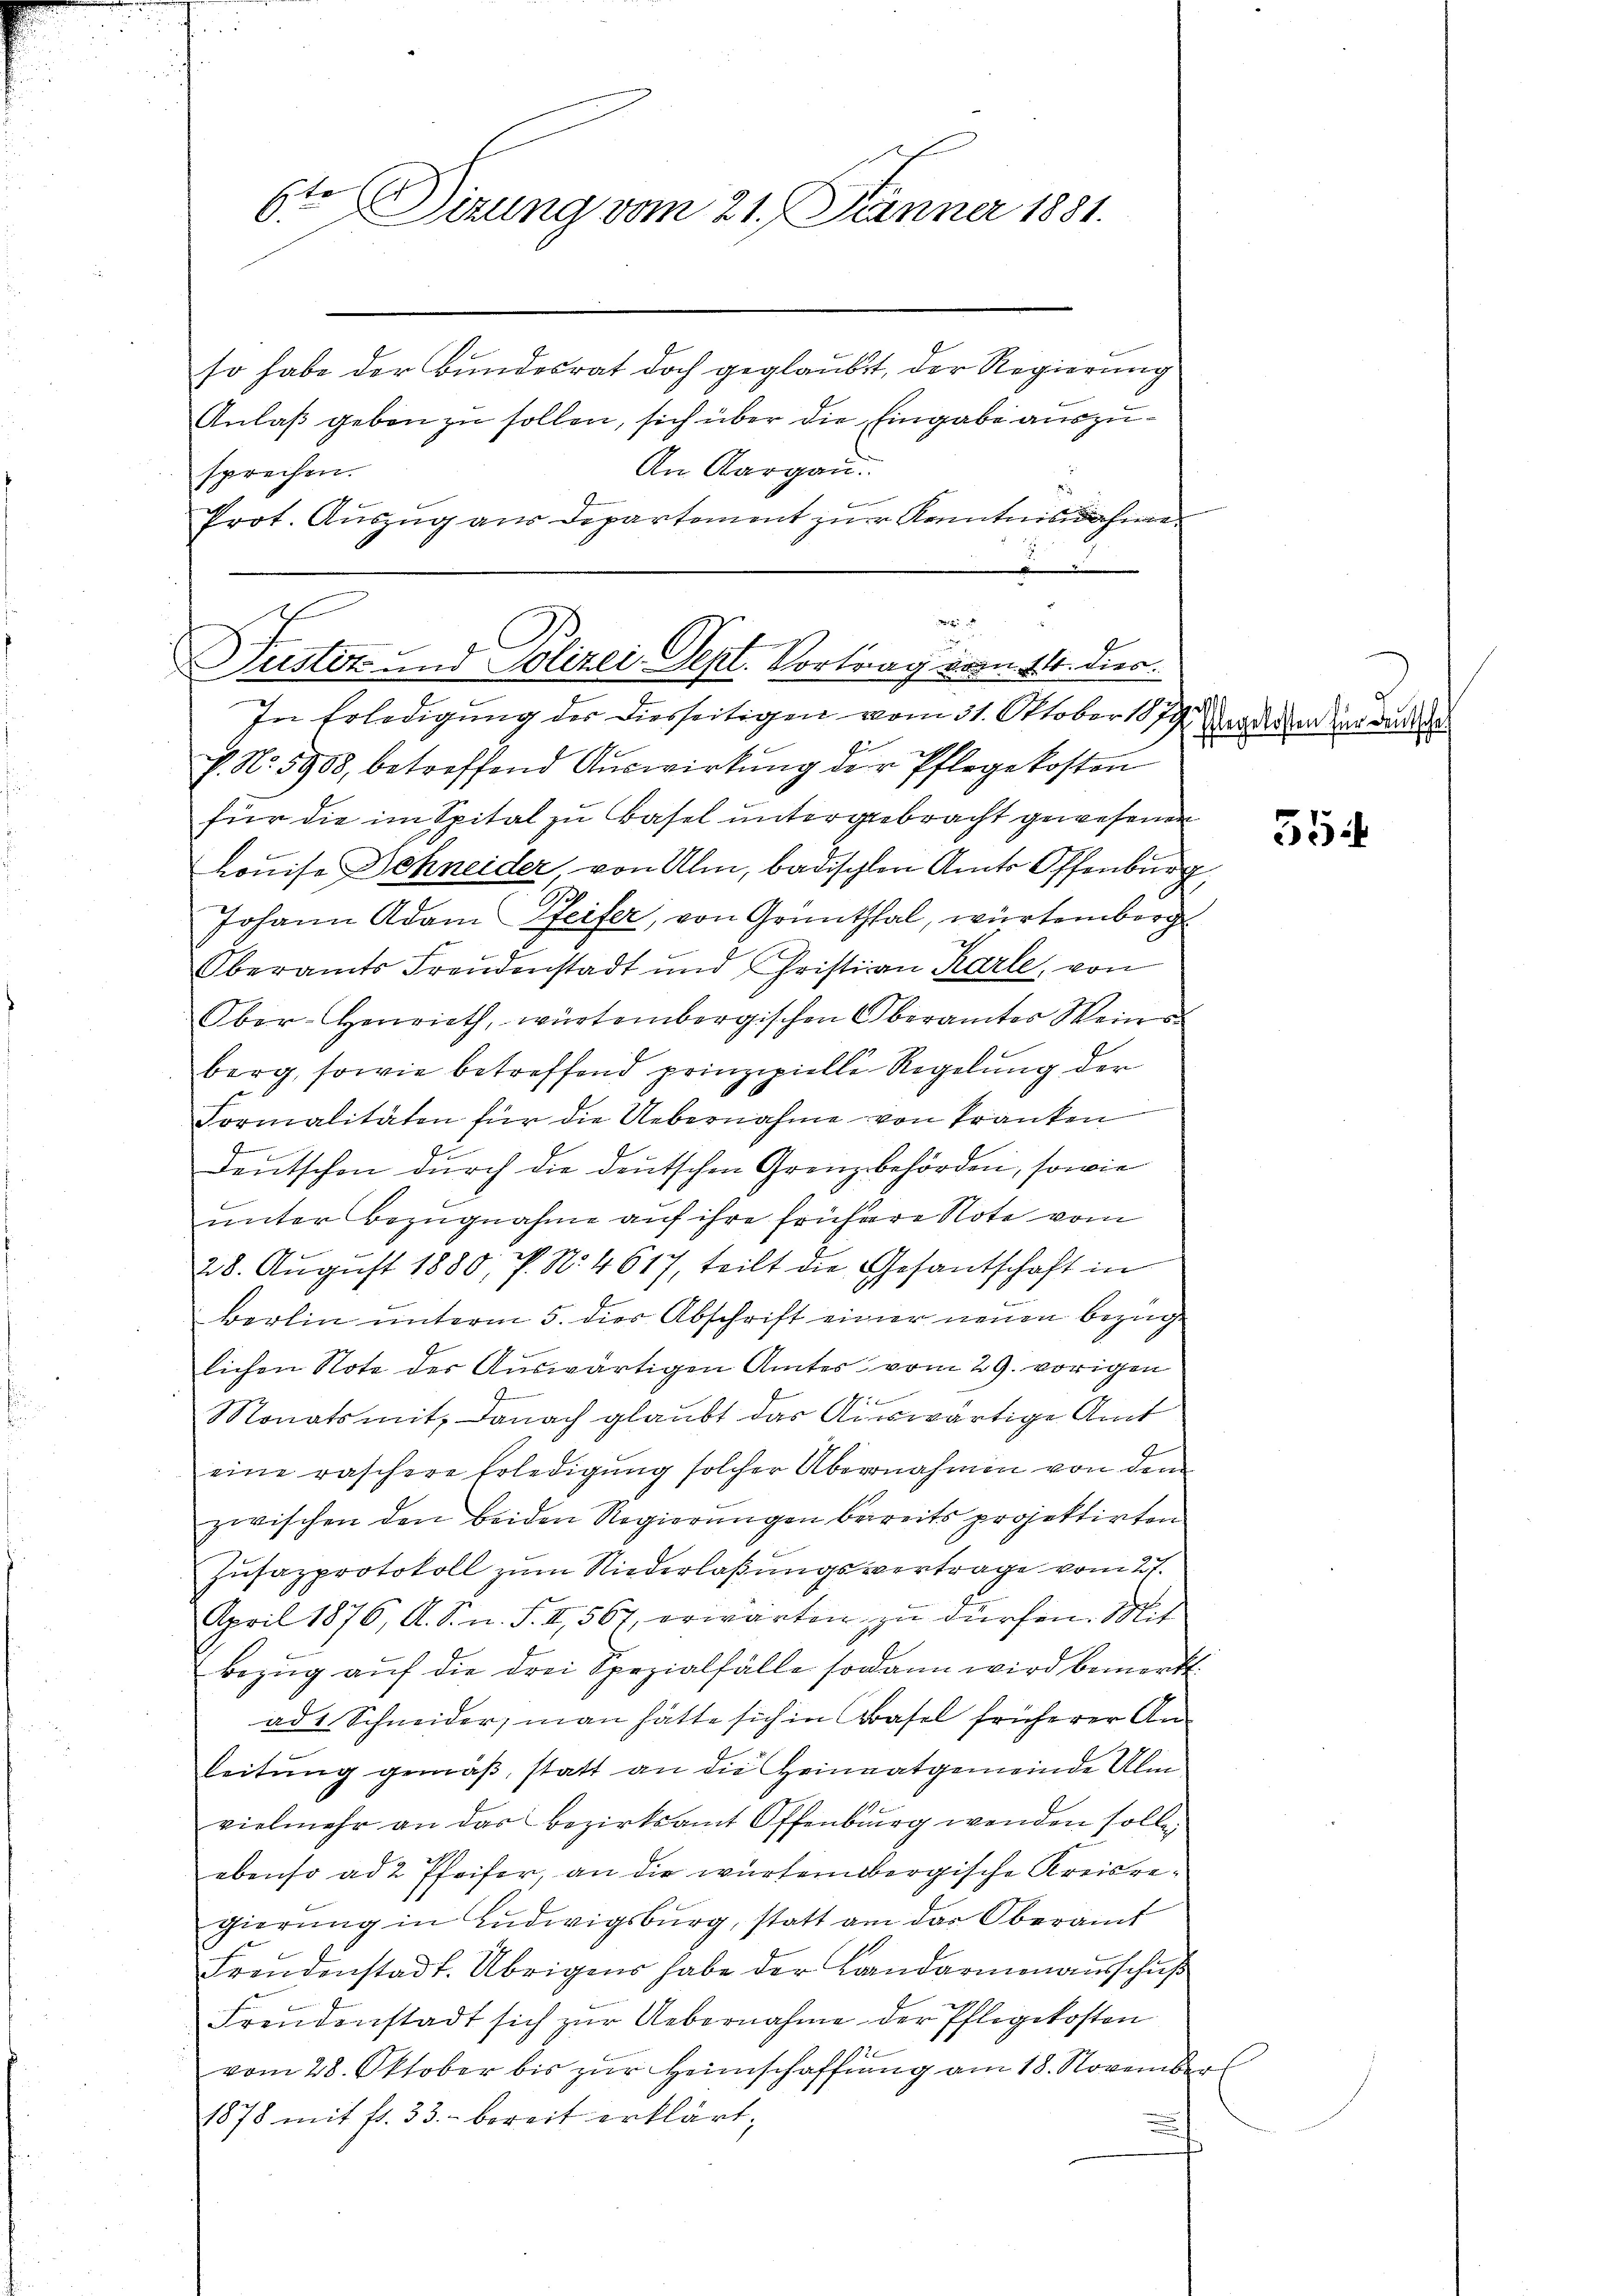
6ten Sirung vom 21. Jänner 1881.

so habe der Bundesrat doch geglaubt, der Regierung
Anlaß geben zu sollen, sich über die Eingabe auszu¬
An Aargau.
sprechen.
Prot. Auszug aus Departement zur Kenntnisnahmen
.
.

P. No. 5908, betreffend Aŭswirkŭng der Pflegekosten
für die im Spital zu Basel untergebracht gewesenen
Louise Schneider von Ulm, badischen Amts Offenburg,
Johann Adam Pfeifer, von Grünthal, würtemberg
7
Oberamts Freudenstadt und Christian Karle, von
Ober-Henrieth, würtembergischen Oberamter Weins
berg, sowie betreffend prinzipielle Regelung der
Formalitäten für die Uebernahme von kranken
Deutschen durch die deutschen Grenzbehörden, sowie
unter Bezugnahme auf ihre frühere Note vom
28. August 1880, P. Nr. 4617, teilt die Gesantschaft in
Berlin unterm 5. dies Abschrift einer neuen bezüg
lichen Note der Auswärtigen Amtes vom 29. vorigen
Monats mit, danach glaubt das Auswärtige Amt
eine raschere Erledigung solcher Übernahmen von dem
zwischen den beiden Regierungen bereits projektirten
Zusazprotokoll zum Niederlaßungsvertrage vom 27.
April 1876, A. S. n. F. II, 567, erwarten zu dürfen. Mit
Bezŭg aŭf die drei Spezialfälle sodann wird bemerkt.
ad 1. Schneider, man hätte sich in Basel früherer Anleitung gemäß, statt an die Heimatgemeinde Alm
vielmehr an das Bezirksamt Offenburg wenden solle,
ebenso ad 2 Pfeifer, an die würtembergische Kreisregierung in Ludwigsburg, statt am das Oberamt
Freudenstadt. Übrigens habe der Landarmenaŭsschŭβ
Freudenstadt sich zur Uebernahme der Pflegekosten
vom 28. Oktober bis zur Heimschaffung am 18. November
1878 mit fr. 33. bereit erklärt,
¬

Puster- und Polizei Sept. Vortrag vom 11. dies
In Erledigung der diesseitigen vom 31. Oktober 1879

Pflegekosten für Deutsche

55